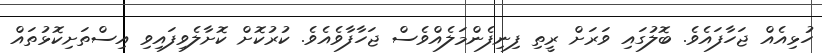
ހުޅިއެއް ޖަހާފައެވެ. ބޮލުގައި ވަރަށް ރީތި ފިނިފެންމަލެއްވެސް ޖަހާފާވެއެވެ. ކުރުކޮށް ކޮށާލެވިފައިވި އިސްތަށިކޮޅުތައް